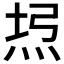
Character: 𤈔